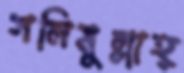
সলিমুল্লাহ্